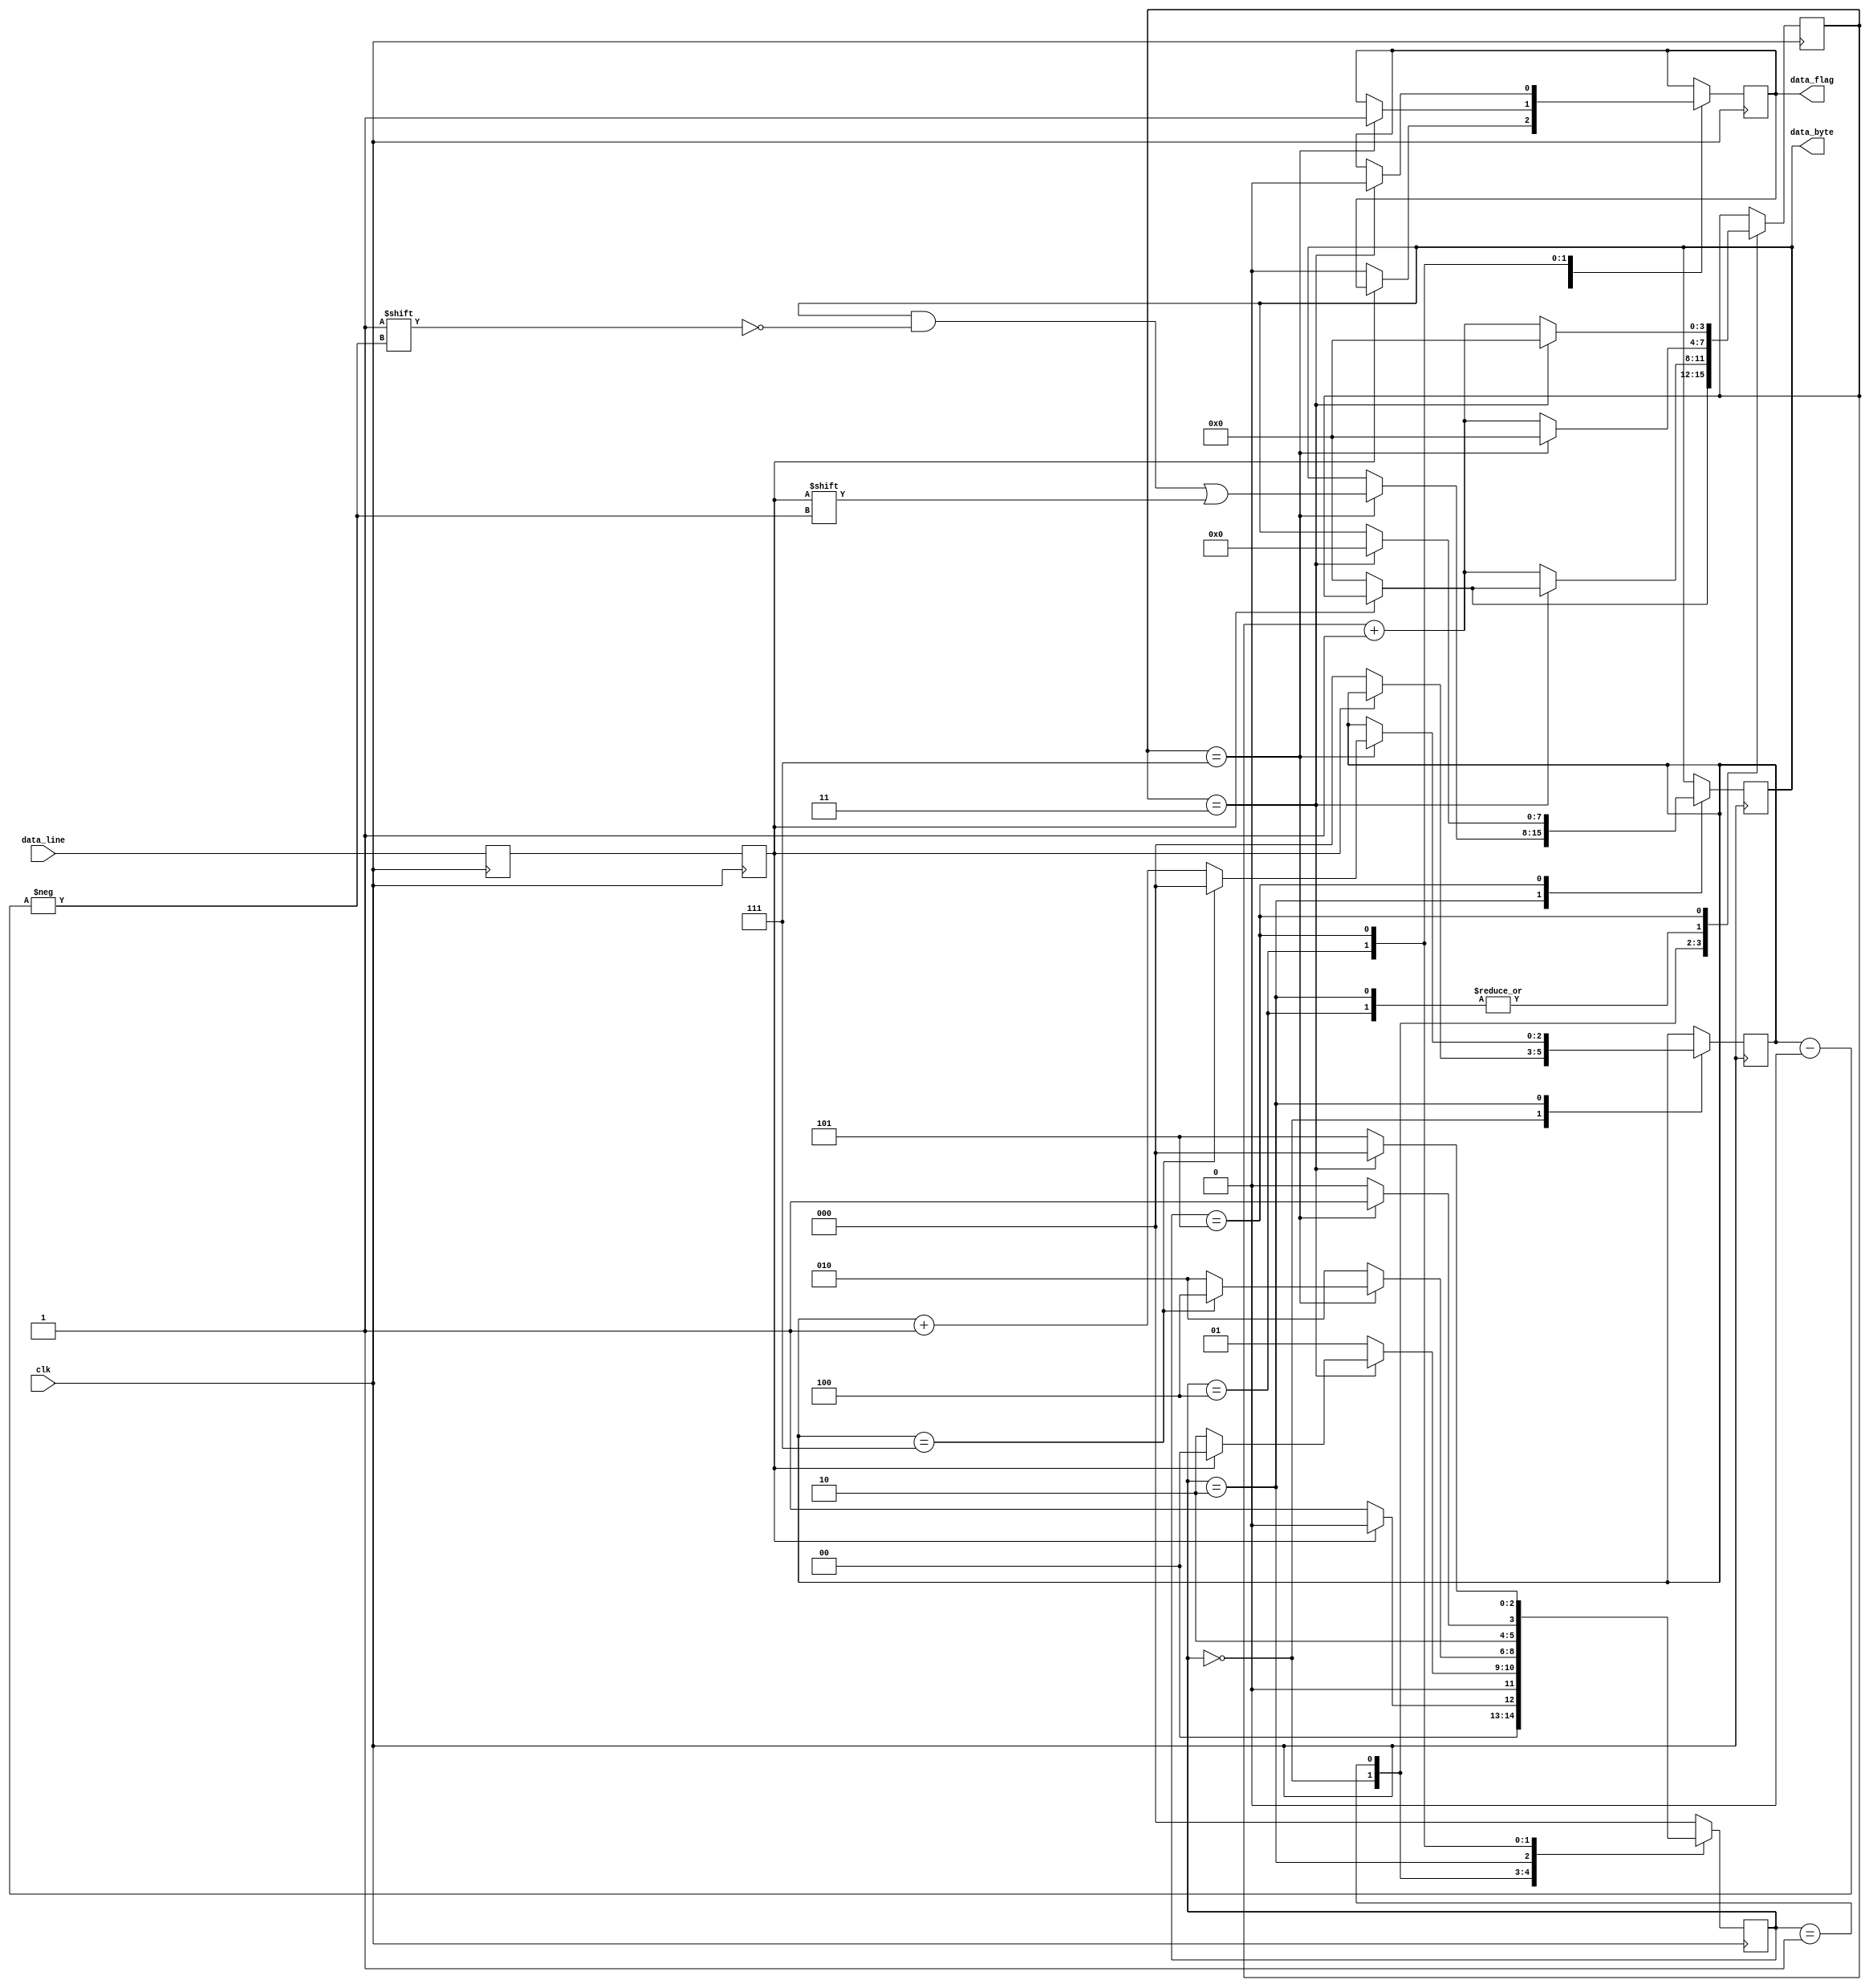
//////////////////////////////////////////////////////////////////////////////////
// Company: KRSSG
// 
// Design Name: 
// Module Name:    test 
// Project Name: 
// Target Devices: 
// Tool versions: 
// Description: 
//
// Dependencies: 
//
// Revision: 
// Revision 0.01 - File Created
// Additional Comments: 
//
//////////////////////////////////////////////////////////////////////////////////

`timescale 1ns / 1ps
module uart_rx_module(input clk,
	input data_line,
	output data_flag,
	output [7:0]data_byte
    );

parameter CLKS_PER_BIT = 3'b111;
parameter S_IDLE = 3'b000;
parameter S_START = 3'b001;
parameter S_DATA = 3'b010;
parameter S_PARITY = 3'b011;
parameter S_STOP = 3'b100;
parameter S_CLEANUP = 3'b101;

reg [2:0]current_state = 3'b000;
reg current_data;
reg current_data_temp;
reg [3:0]clk_counter = 4'b0000;
reg [2:0]bit_index = 3'b000;
reg [7:0]data = 8'b00000000;
reg flag = 1'b0;

always@(posedge clk)
begin
	current_data_temp <= data_line;
	current_data <= current_data_temp;
end

always@(posedge clk)
begin
	case(current_state)
		S_IDLE:
			begin
				if(current_data == 0)
				begin
					current_state <= S_START;
					clk_counter <= 0;
					bit_index <= 0;
					flag <= 0;
				end
				else
					current_state <= S_IDLE;
			end
		
		S_START:
			begin
				if (clk_counter == (CLKS_PER_BIT>>1))
				begin
					if (current_data == 0)
					begin
						current_state <= S_DATA;
						clk_counter <= 0;
					end
					else
						current_state <= S_IDLE;
				end
				else
				begin
					clk_counter <= clk_counter + 1;
					current_state <= S_START;
				end
			end
		
		S_DATA:
			begin
				if (clk_counter == CLKS_PER_BIT)
				begin
					clk_counter <= 0;
					data[bit_index] <= current_data;
					if (bit_index == 7)
					begin
						current_state <= S_STOP;
						bit_index <= 0;
					end
					else
					begin
						bit_index <= bit_index + 1;
						current_state <= S_DATA;
					end
				end
				else
				begin
					clk_counter <= clk_counter + 1;
					current_state <= S_DATA;
				end
			end
		
		S_STOP:
			begin
				if (clk_counter == CLKS_PER_BIT)
				begin
					clk_counter <= 0;
					flag <= 1;
					current_state <= S_CLEANUP;
				end
				else
				begin
					clk_counter <= clk_counter + 1;
					current_state <= S_STOP;
				end
			end
			
		S_CLEANUP:
			begin
				if (clk_counter == (CLKS_PER_BIT>>1))
				begin
					clk_counter <= 0;
					current_state <= S_IDLE;
					data <= 8'b00000000;
					flag <= 0;
				end
				else
				begin
					clk_counter <= clk_counter + 1;
					current_state <= S_CLEANUP;
				end
			end
			
		default:
			begin
				current_state <= S_IDLE;
			end
	endcase
end

assign data_byte = data;
assign data_flag = flag;

endmodule